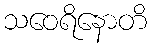
သဝေရိနောတိ